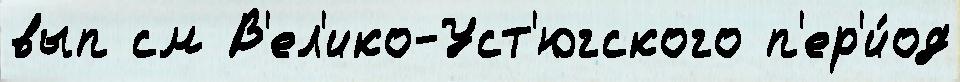
вып см В'ел'ико-Уст'югского п'ер'и́од